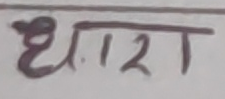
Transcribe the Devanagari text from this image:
धारा